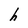
Character: h